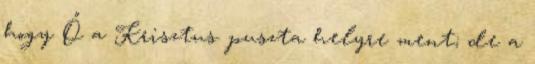
hogy Ő a Krisztus. puszta helyre ment; de a